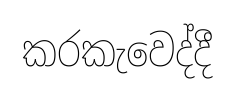
කරකැවෙද්දී